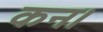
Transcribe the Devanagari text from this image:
कन।